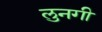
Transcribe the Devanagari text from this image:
लुनगी